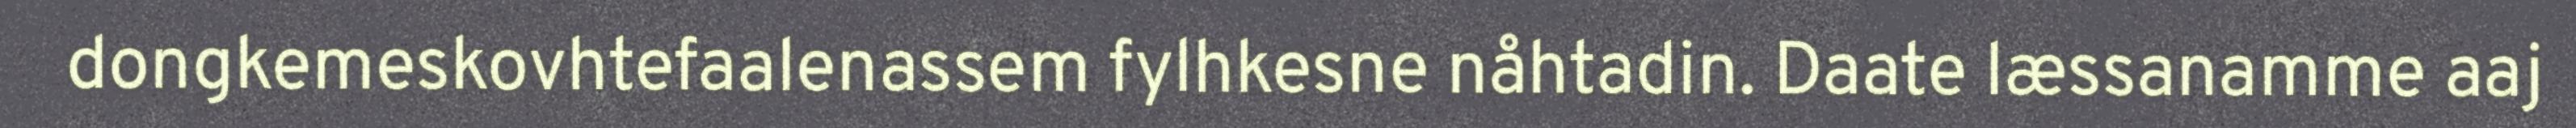
dongkemeskovhtefaalenassem fylhkesne nåhtadin. Daate læssanamme aaj